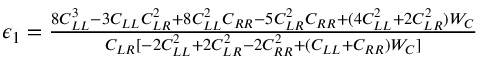
\begin{array} { r } { \epsilon _ { 1 } = \frac { 8 C _ { L L } ^ { 3 } - 3 C _ { L L } C _ { L R } ^ { 2 } + 8 C _ { L L } ^ { 2 } C _ { R R } - 5 C _ { L R } ^ { 2 } C _ { R R } + ( 4 C _ { L L } ^ { 2 } + 2 C _ { L R } ^ { 2 } ) W _ { C } } { C _ { L R } [ - 2 C _ { L L } ^ { 2 } + 2 C _ { L R } ^ { 2 } - 2 C _ { R R } ^ { 2 } + ( C _ { L L } + C _ { R R } ) W _ { C } ] } } \end{array}